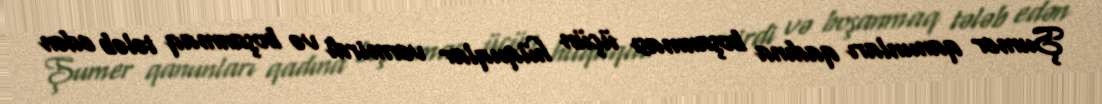
Şumer qanunları qadına boşanması üçün hüquqlar vermirdi və boşanmaq tələb edən